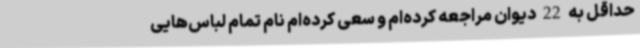
حداقل به 22 دیوان مراجعه کرده‌ام و سعی کرده‌ام نام تمام لباس‌هایی